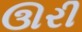
ઊરી